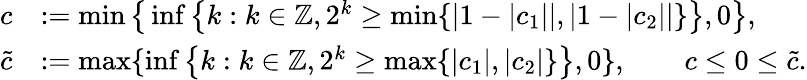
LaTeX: \begin{array}{rl}{c}&{:=\operatorname*{min}\big\{ \operatorname*{inf}\big\{ k:k\in\mathbb{Z},2^{k}\geq\operatorname*{min}\{ |1-|c_{1}||,|1-|c_{2}||\} \big\} ,0\big\} ,}\\ {\tilde{c}}&{:=\operatorname*{max}\{ \operatorname*{inf}\big\{ k:k\in\mathbb{Z},2^{k}\geq\operatorname*{max}\{ |c_{1}|,|c_{2}|\} \big\} ,0\} ,\qquad c\leq 0\leq\tilde{c}.}\end{array}